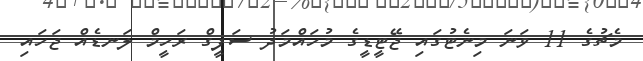
މެޗުގެ 11 ވަނަ މިނެޓުގައި ޖޭޓީޑީގެ މުހައްމަދު ސަފީގް ރަހީމް ލަނޑެއް ޖަހައި